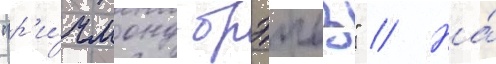
"р'и́чмонд брэивз" // На́